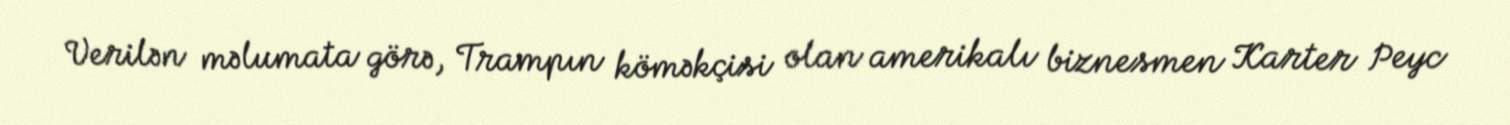
Verilən məlumata görə, Trampın köməkçisi olan amerikalı biznesmen Karter Peyc